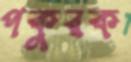
পকুরক